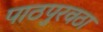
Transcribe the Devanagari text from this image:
पाठपुरवठा